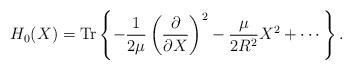
LaTeX: \begin{align*}H_{0}(X)={\rm Tr}\left\{-\frac{1}{2\mu}\left(\frac{\partial}{\partial X}\right)^{2}-\frac{\mu}{2R^{2}}X^{2}+\cdots\right\}.\end{align*}